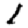
Digit: 1